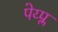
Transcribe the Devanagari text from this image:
पेय्प्ल